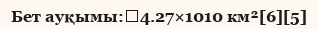
Бет ауқымы:	4.27×1010 км²[6][5]